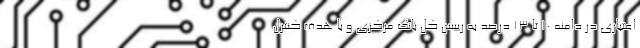
اعتباری در دامنه ۱۰ تا ۱۳ درصد به رییس کل بانک مرکزی و با هدف کنترل